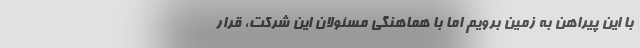
با این پیراهن‌ به زمین برویم اما با هماهنگی مسئولان این شرکت، قرار